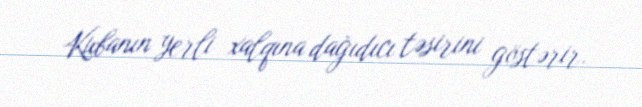
Kubanın yerli xalqına dağıdıcı təsirini göstərir.